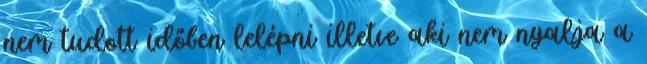
nem tudott időben lelépni illetve aki nem nyalja a